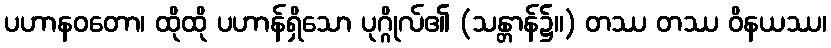
ပဟာနဝတော၊ ထိုထို ပဟာန်ရှိသော ပုဂ္ဂိုလ်၏ (သန္တာန်၌။) တဿ တဿ ဝိနယဿ၊